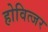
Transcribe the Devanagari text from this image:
होवित्जर